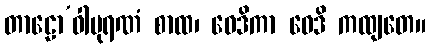
တာဠော’ဝါပုရဏံ စာထ၊ ဝေဒိကာ ဝေဒိ ကထျတေ။